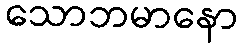
သောဘမာနော